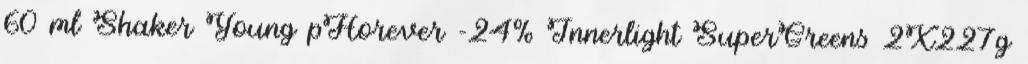
60 ml Shaker Young pHorever -24% Innerlight SuperGreens 2X227g